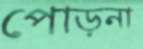
পোড়না